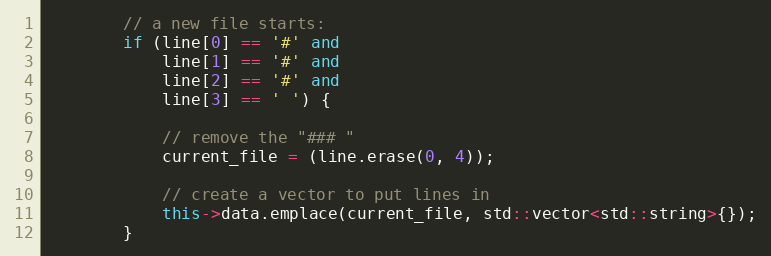
Language: C++
		// a new file starts:
		if (line[0] == '#' and
		    line[1] == '#' and
		    line[2] == '#' and
		    line[3] == ' ') {

			// remove the "### "
			current_file = (line.erase(0, 4));

			// create a vector to put lines in
			this->data.emplace(current_file, std::vector<std::string>{});
		}